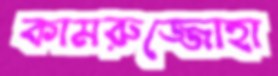
কামরুজ্জোহা